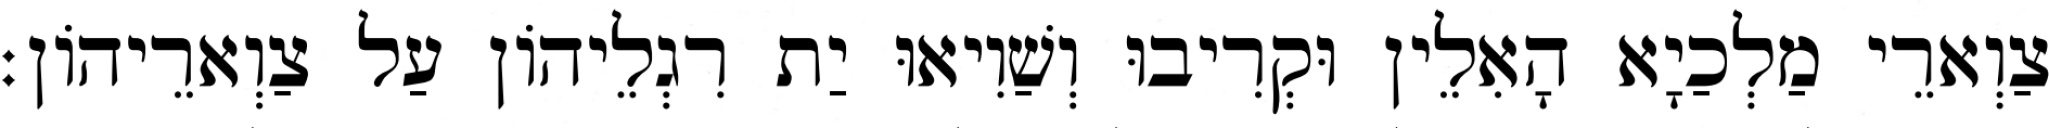
צַוְארֵי מַלְכַיָא הָאִלֵין וּקְרִיבוּ וְשַׁוִיאוּ יַת רִגְלֵיהוֹן עַל צַוְארֵיהוֹן׃